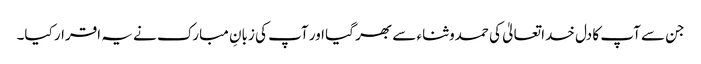
جن سے آپ کا دل خدا تعالیٰ کی حمدوثناء سے بھر گیا اور آپ کی زبانِ مبارک نے یہ اقرار کیا۔